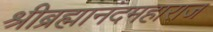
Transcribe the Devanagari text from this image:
श्रीब्रह्मानंदमहाराज